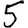
Digit: 5